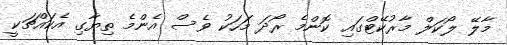
މާލޭ ލޯކަލް މާރުކޭޓްގައި ކޮންމެ ރޯދަ މަހަކު ވެސް އެންމެ ތިޔާގި އެކައްޗަކީ